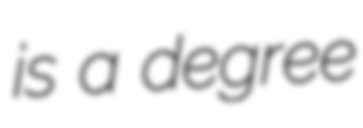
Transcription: is a degree